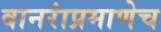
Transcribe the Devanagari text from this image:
वानरांप्रमाणेच